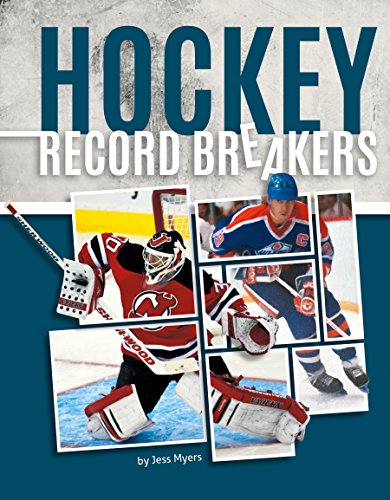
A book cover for Hockey Record Breakers; Jess Myers; Children's Books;